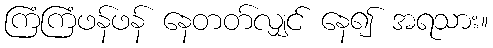
ကြံကြံဖန်ဖန် နေတတ်လျှင် နေ၍ အရသား။